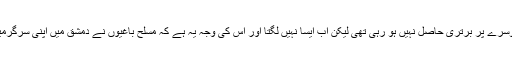
کسی فریق کو کسی دوسرے پر برتری حاصل نہیں ہو رہی تھی لیکن اب ایسا نہیں لگتا اور اس کی وجہ یہ ہے کہ مسلح باغیوں نے دمشق میں اپنی سرگرمیاں تیز تر کر دی ہیں۔